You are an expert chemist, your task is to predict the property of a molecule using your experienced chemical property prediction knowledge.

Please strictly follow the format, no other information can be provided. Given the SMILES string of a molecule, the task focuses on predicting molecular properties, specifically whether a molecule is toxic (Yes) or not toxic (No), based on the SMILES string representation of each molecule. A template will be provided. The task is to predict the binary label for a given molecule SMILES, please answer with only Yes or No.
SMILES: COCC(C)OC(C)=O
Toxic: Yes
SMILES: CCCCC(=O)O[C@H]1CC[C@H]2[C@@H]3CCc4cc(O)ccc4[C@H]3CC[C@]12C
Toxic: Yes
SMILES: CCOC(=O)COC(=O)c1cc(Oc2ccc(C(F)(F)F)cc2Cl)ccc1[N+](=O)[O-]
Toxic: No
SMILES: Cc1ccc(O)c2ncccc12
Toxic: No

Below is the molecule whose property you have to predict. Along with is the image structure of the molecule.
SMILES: COc1ccccc1OC
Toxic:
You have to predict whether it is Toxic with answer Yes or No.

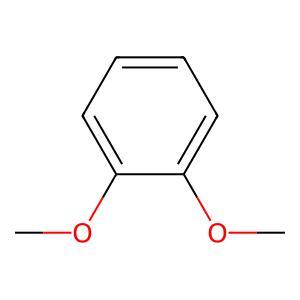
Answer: No